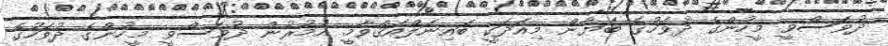
ދުވަސްވީ މީހުންގެ ދުވަހުގެ ބަޔާން މިއަދަކީ ބައިނަލްއަޤްވާމީ އުމުރުން ދުވަސްވީ މީހުންގެ ދުވަހުގެ